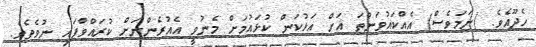
ހެދޫއެވެ. (ނަމަވެސް) އެއްކައުވަންތަ އަށް އަޅުކަން ކުޅައުމަށް މެނުވީ އެއުރެންނަށް ކުރައްވާފައި ނުވެތެވެ.